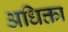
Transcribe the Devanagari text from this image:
अधिक्ता